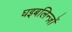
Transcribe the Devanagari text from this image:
घइबलिन्ज़ों